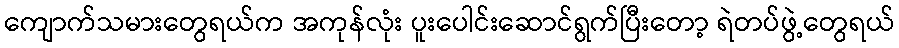
ကျောက်သမားတွေရယ်က အကုန်လုံး ပူးပေါင်းဆောင်ရွက်ပြီးတော့ ရဲတပ်ဖွဲ့တွေရယ်